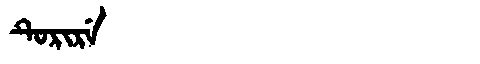
Manchu: ᡨᡠᡵᡳᡵᡝ
Romanization: TURIRE